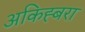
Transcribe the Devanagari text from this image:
अकिह्बरा